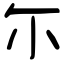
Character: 尓